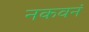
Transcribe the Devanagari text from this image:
नकवनं